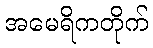
အမေရိကတိုက်